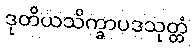
ဒုတိယသိက္ခာပဒသုတ္တံ